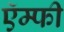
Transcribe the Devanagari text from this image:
ऍम्‍फी